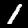
Label: 1